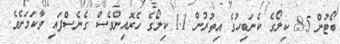
ބޯޓުން 8.5 ކިލޯގެ ކެނަބިހުގެ އިތުރުން 1.1 ކިލޯގެ ހެރޮއިންވެސް ގެނެސްފައި ވާކަމަށެވެ.